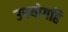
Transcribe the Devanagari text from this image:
उपयोगहि